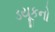
ડયૂકનો